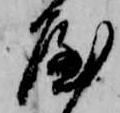
や